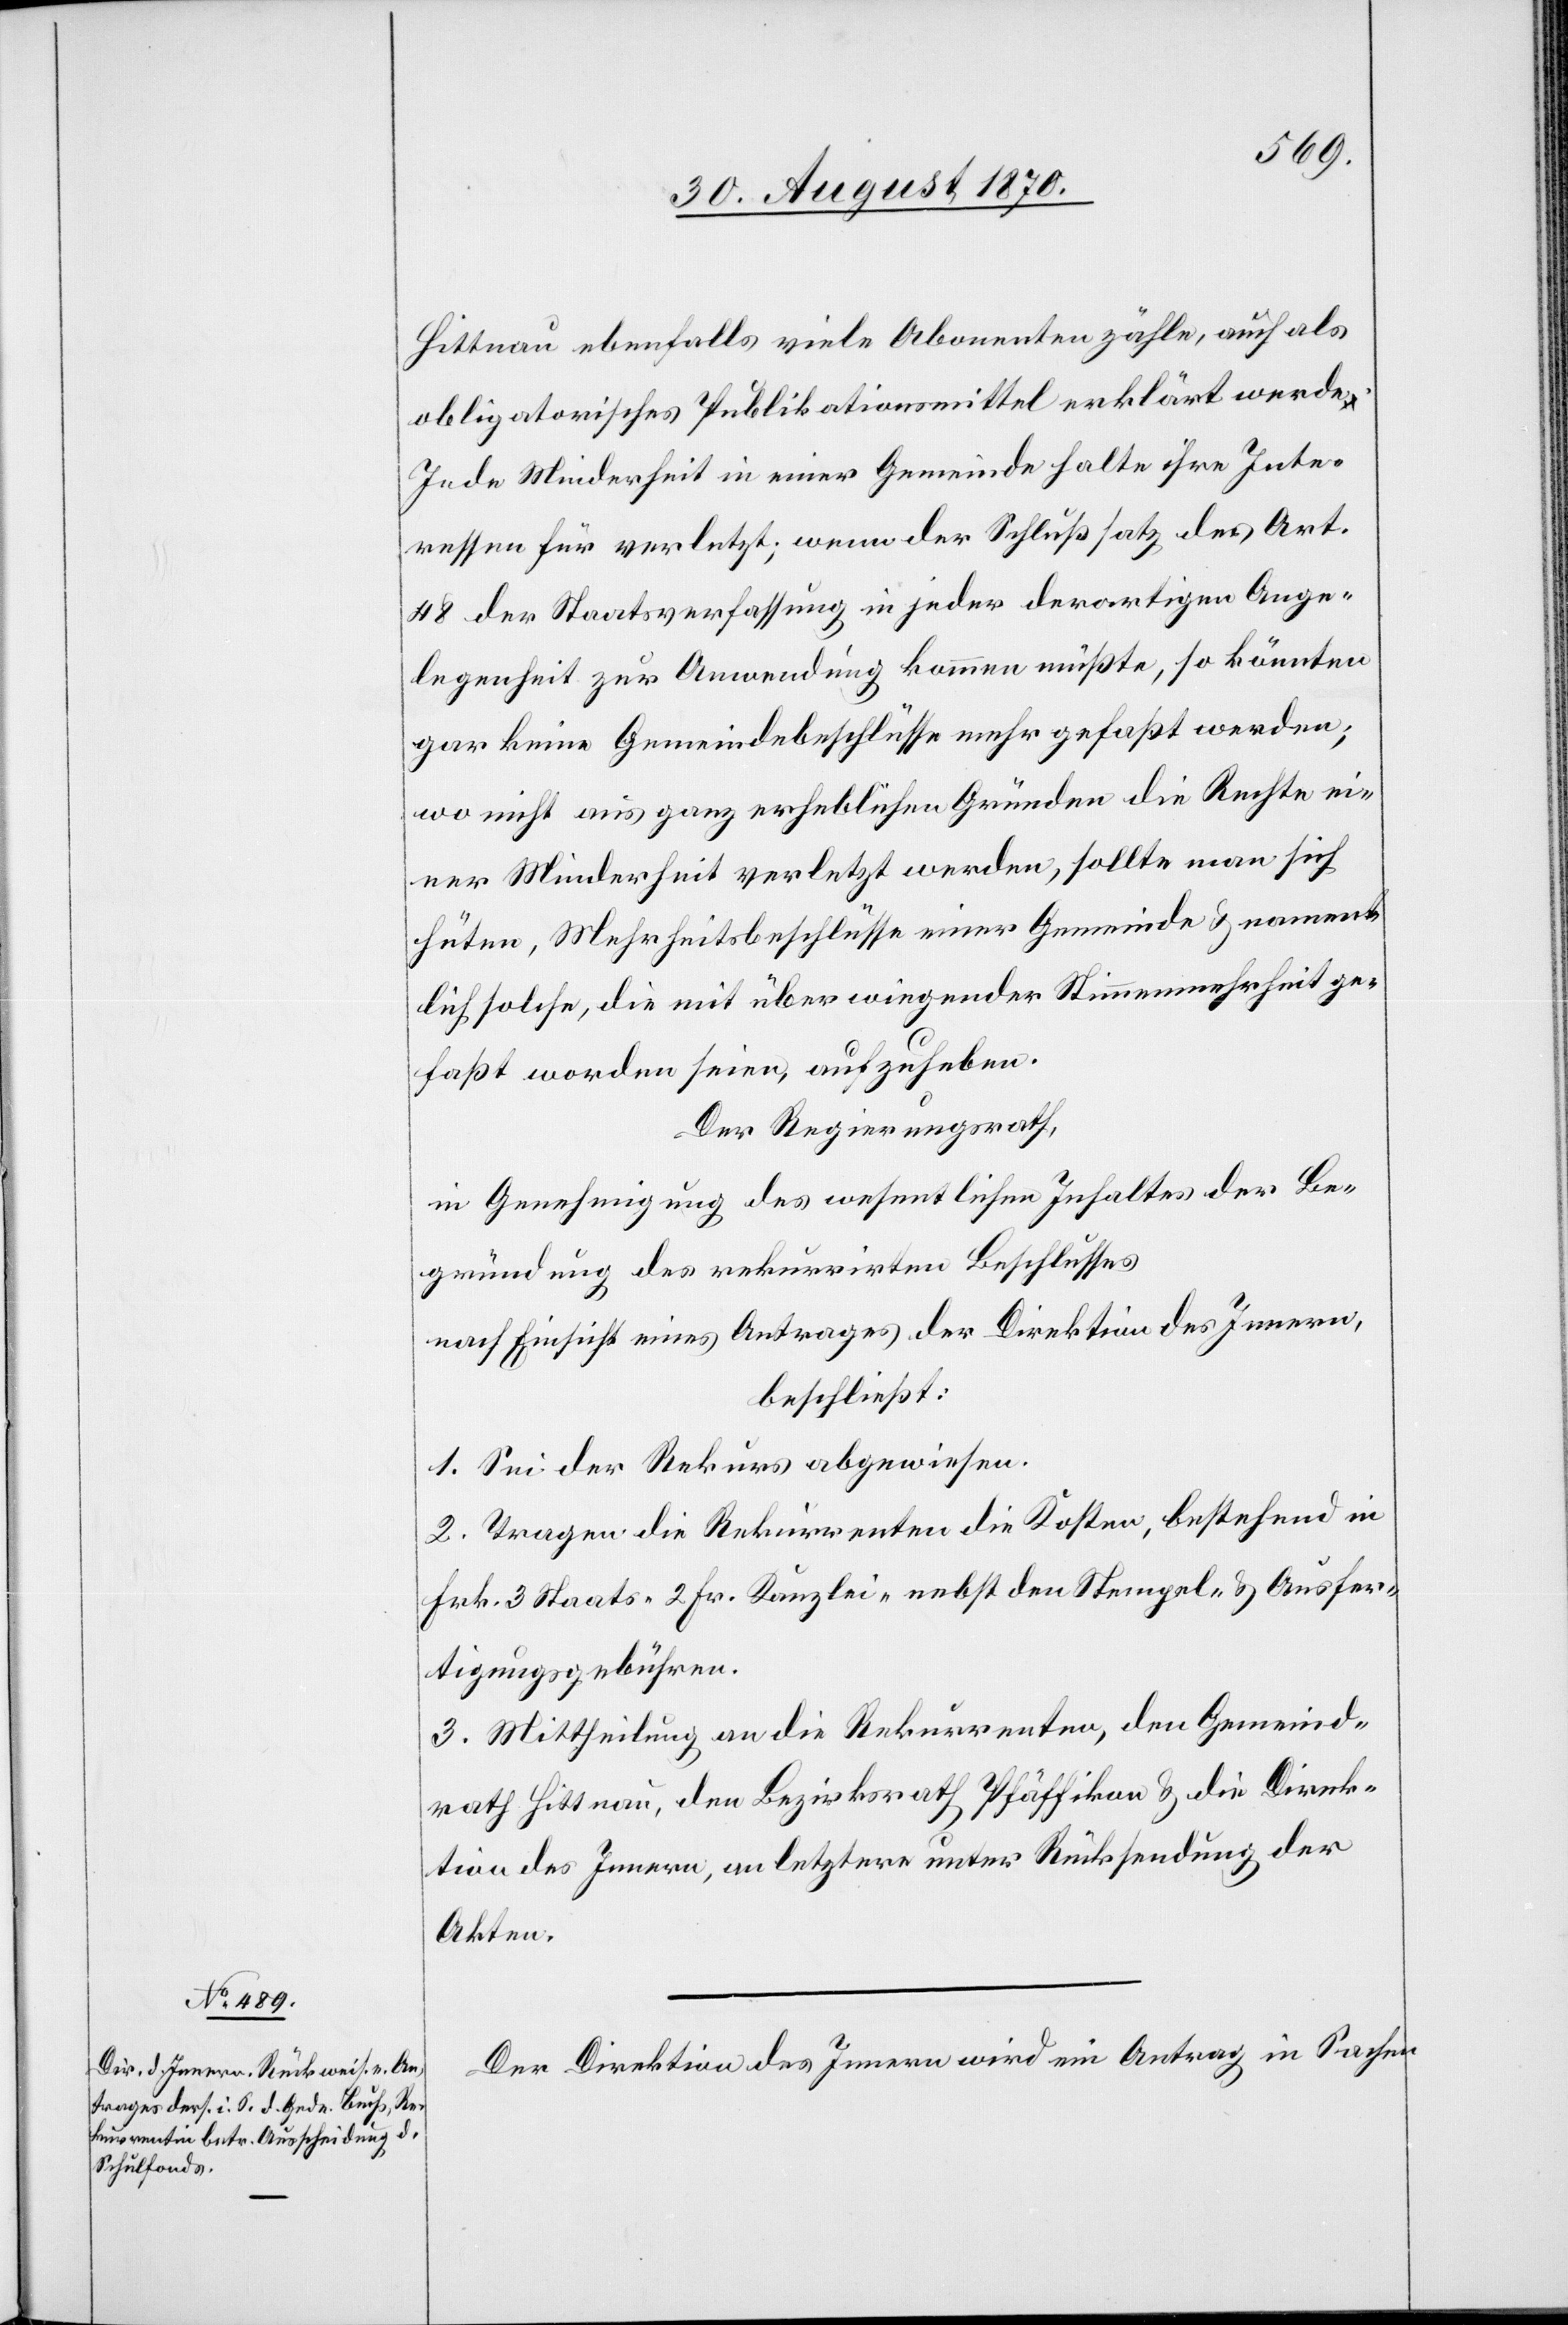
Hittnau ebenfalls viele Abonnenten zähle, auch als
obligatorisches Publikationsmittel erklärt werde.
Jede Minderheit in einer Gemeinde halte ihre Inte¬
ressen für verletzt, wenn der Schlußsatz des Art.
48 der Staatsverfassung in jeder derartigen Ange¬
legenheit zur Anwendung kommen müßte, so könnten
gar keine Gemeindebeschlüsse mehr gefaßt werden;
wo nicht aus ganz erheblichen Gründen die Rechte ei¬
ner Minderheit verletzt werden, sollte man sich
hüten, Mehrheitsbeschlüsse einer Gemeinde & nament¬
lich solche, die mit überwiegender Stimmenmehrheit ge¬
faßt worden seien, aufzuheben.
Der Regierungsrath,
in Genehmigung des wesentlichen Inhaltes der Be¬
gründung des rekurrirten Beschlusses
nach Einsicht eines Antrages der Direktion des Innern,
beschließt:
1. Sei der Rekurs abgewiesen.
2. Tragen die Rekurrenten die Kosten, bestehend in
Frk. 3 Staats- 2 Fr. Kanzlei- nebst den Stempel- & Ausfer¬
tigungsgebühren.
3. Mittheilung an die Rekurrenten, den Gemeind¬
rath Hittnau, den Bezirksrath Pfäffikon & die Direk¬
tion des Innern, an letztere unter Rücksendung der
Akten.
Der Direktion des Innern wird ein Antrag in Sachen